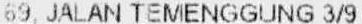
69, JALAN TEMENGGUNG 3/9